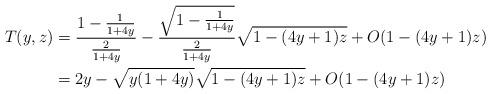
LaTeX: \begin{align*} T(y, z)&=\frac{1-\frac1{1+4y}}{\frac{2}{1+4y}}-\frac{\sqrt{1-\frac{1}{1+4y}}}{\frac{2}{1+4y}}\sqrt{1-(4y+1)z} + O(1- (4y+1)z)\\ &= 2y - \sqrt{y(1+4y)}\sqrt{1-(4y+1)z} + O(1- (4y+1)z) \end{align*}